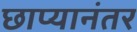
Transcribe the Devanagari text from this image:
छाप्यानंतर